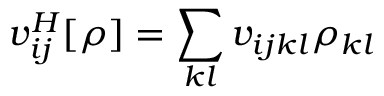
v _ { i j } ^ { H } [ \rho ] = \sum _ { k l } v _ { i j k l } \rho _ { k l }